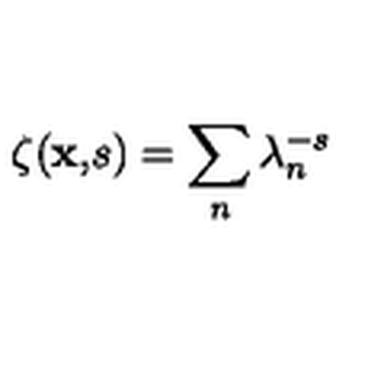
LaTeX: \zeta ( { \bf x , } s ) = \sum _ { n } \lambda _ { n } ^ { - s }